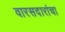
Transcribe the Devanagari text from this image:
वारसदारांचा